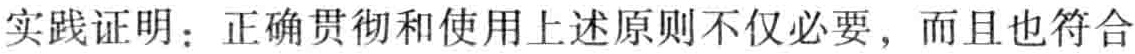
实践证明：正确贯彻和使用上述原则不仅必要，而且也符合